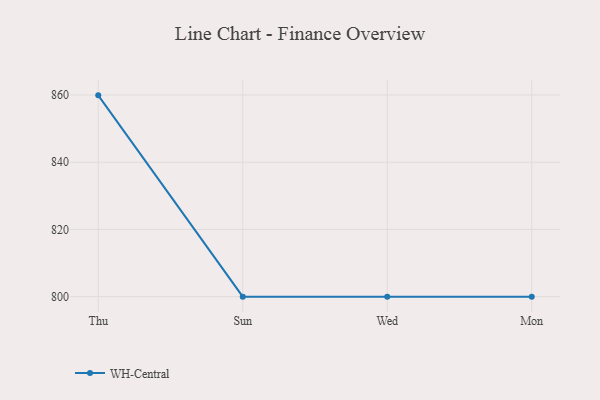
{"axis": {"x": "Day", "y": "Production Output"}, "legend": ["WH-Central"], "data": [{"x": "Thu", "y": 859.9, "type": "WH-Central"}, {"x": "Sun", "y": 800, "type": "WH-Central"}, {"x": "Wed", "y": 800, "type": "WH-Central"}, {"x": "Mon", "y": 800, "type": "WH-Central"}]}